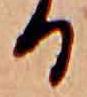
る